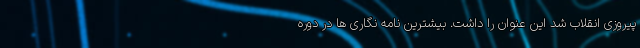
پیروزی انقلاب شد این عنوان را داشت. بیشترین نامه نگاری ها در دوره